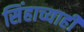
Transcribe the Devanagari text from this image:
सिंहाच्याही